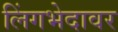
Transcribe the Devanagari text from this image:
लिंगभेदावर